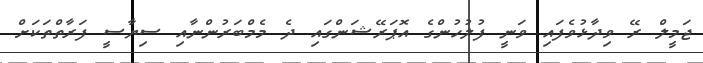
ޖަމީލް ރޭ ވިދާޅުވެފައި ވަނީ ފުލުހުންގެ އޮޕަރޭޝަންގައި ދެ މެމްބަރުންނާއި ސިޔާސީ ފަރާތްތަކަށް